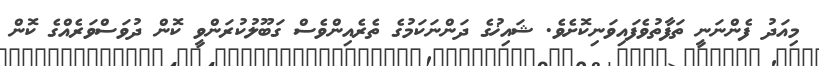
މިއަދު ފެންނަނީ ތަފާތުވެފައިވަނިކޮށެވެ. ޝައިޚުގެ ދަންނަކަމުގެ ތެރެއިންވެސް ގަބޫލުކުރަންވީ ކޮން ދުވަސްވަރެއްގެ ކޮން